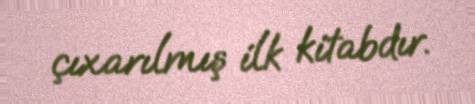
çıxarılmış ilk kitabdır.